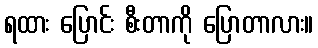
ရထား ပြောင်း စီးတာကို ပြောတာလား။